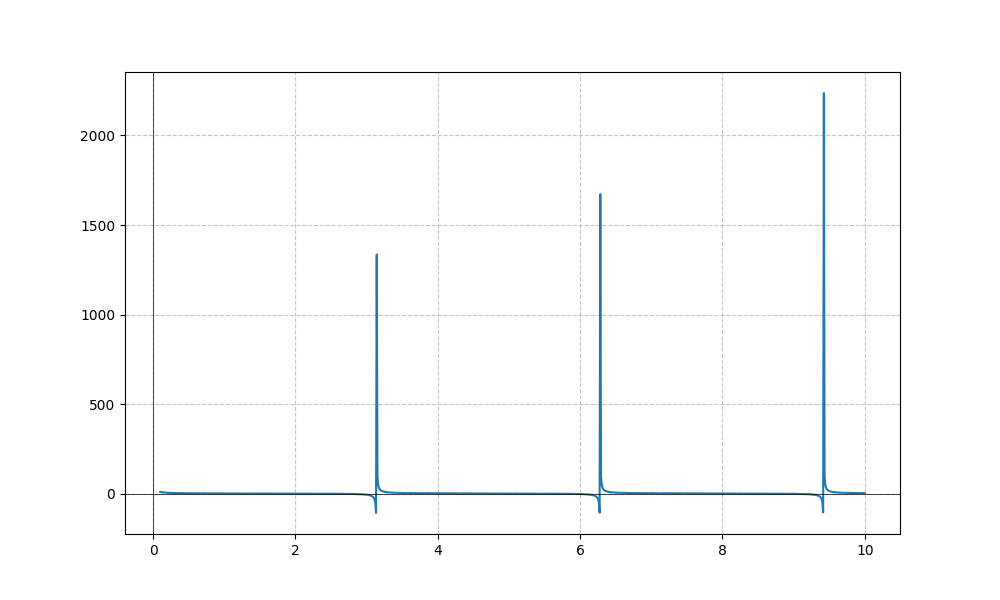
LaTeX formula: \cot{\left(x \right)} + \operatorname{atan}{\left(x \right)}